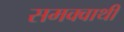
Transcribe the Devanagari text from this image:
समक्वाथी